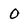
Character: 0